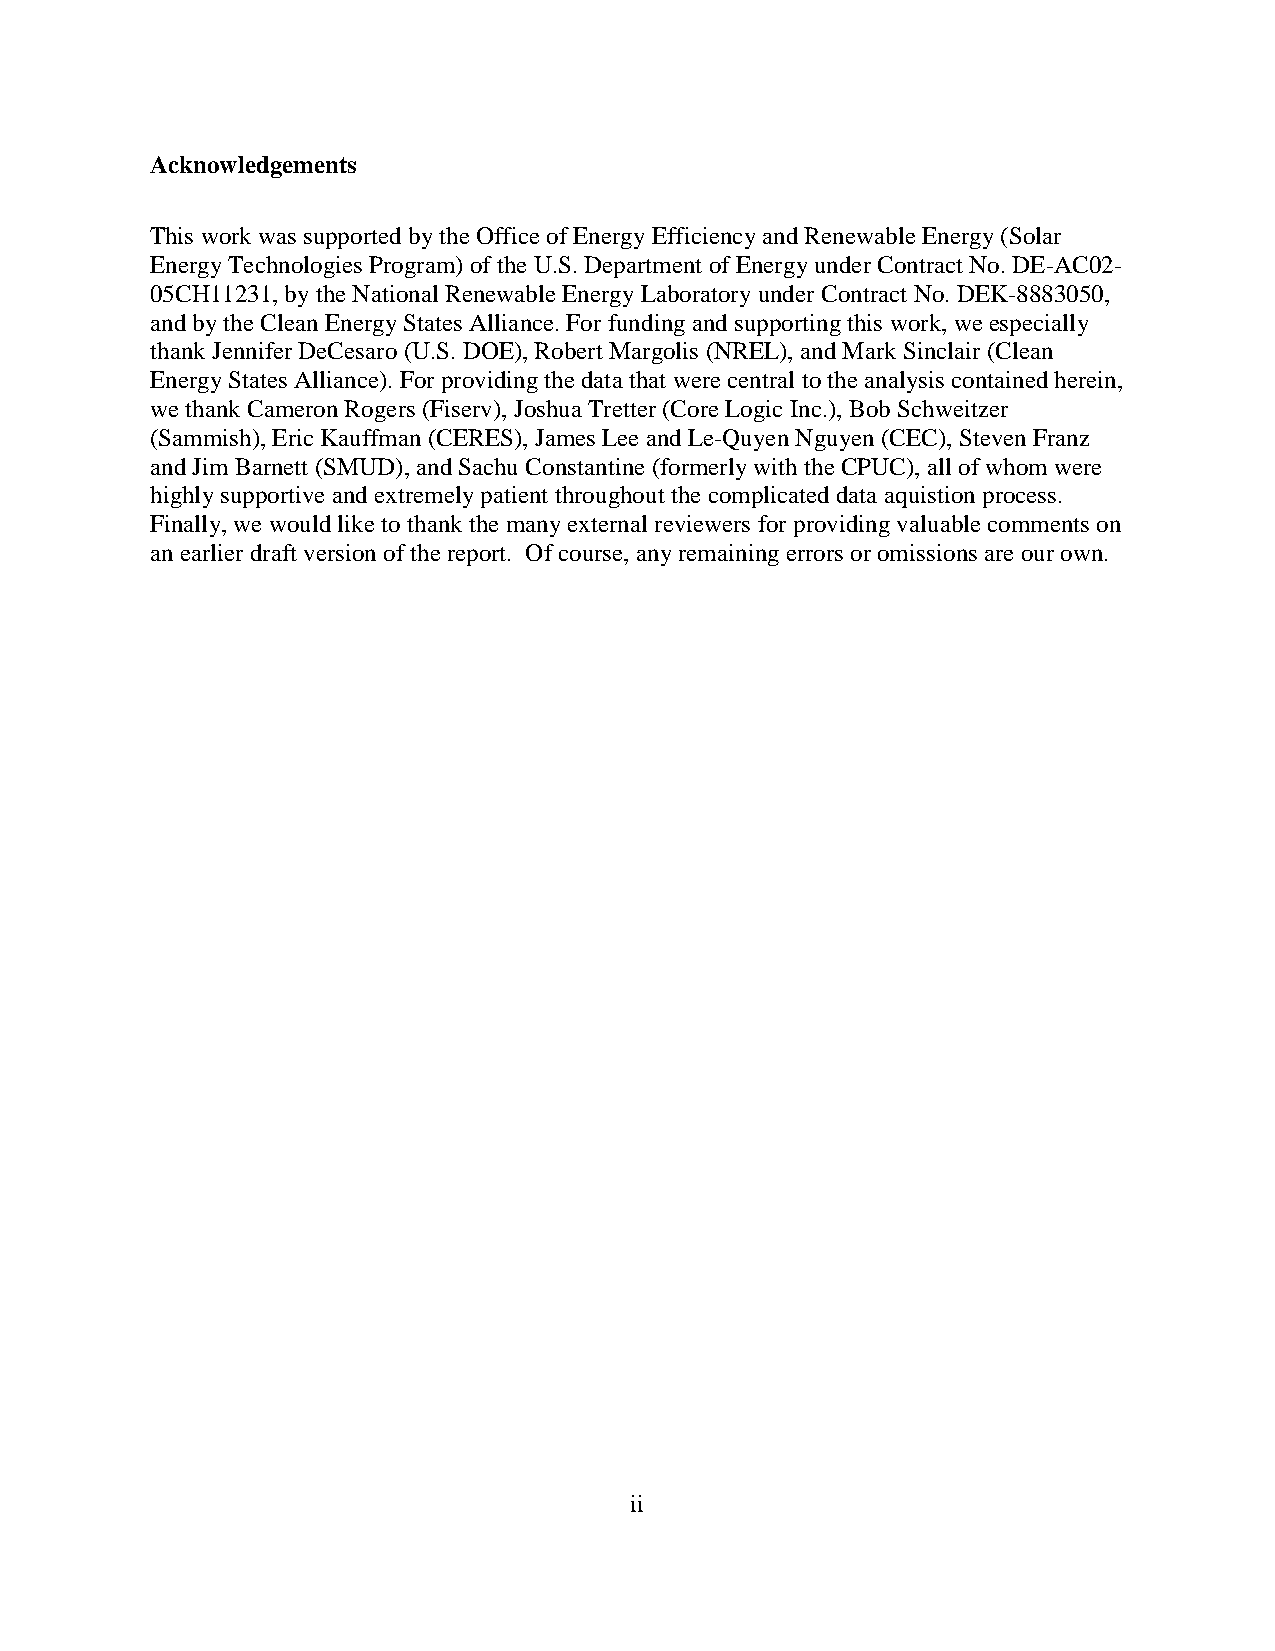
Acknowledgements
 This work was supported by the Office of Energy Efficiency and Renewable Energy (Solar
 Energy Technologies Program) of the U.S. Department of Energy under Contract No. DE-AC02-
 05CH11231, by the National Renewable Energy Laboratory under Contract No. DEK-8883050,
 and by the Clean Energy States Alliance. For funding and supporting this work, we especially
 thank Jennifer DeCesaro (U.S. DOE), Robert Margolis (NREL), and Mark Sinclair (Clean
 Energy States Alliance). For providing the data that were central to the analysis contained herein,
 we thank Cameron Rogers (Fiserv), Joshua Tretter (Core Logic Inc.), Bob Schweitzer
 (Sammish), Eric Kauffman (CERES), James Lee and Le-Quyen Nguyen (CEC), Steven Franz
 and Jim Barnett (SMUD), and Sachu Constantine (formerly with the CPUC), all of whom were
 highly supportive and extremely patient throughout the complicated data aquistion process.
 Finally, we would like to thank the many external reviewers for providing valuable comments on
 an earlier draft version of the report. Of course, any remaining errors or omissions are our own.
 ii